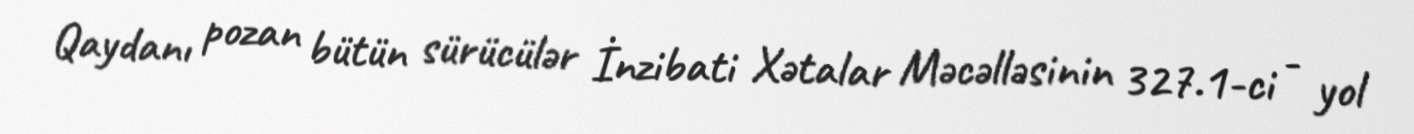
Qaydanı pozan bütün sürücülər İnzibati Xətalar Məcəlləsinin 327.1-ci - yol